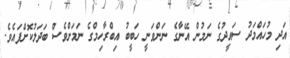
އަދި މުހައްމަދު ސައީދުގެ ނަމުން އޭނާގެ ނަންވަނީ ހަބީބު އިބްރާހިމްގެ ނަމަށްވެސް ބަދަލުކޮށްފައެވެ.